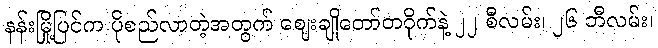
နန်းမြို့ပြင်က ပိုစည်လာတဲ့အတွက် ဈေးချိုတော်တဝိုက်နဲ့ ၂၂ စီလမ်း၊ ၂၆ ဘီလမ်း၊